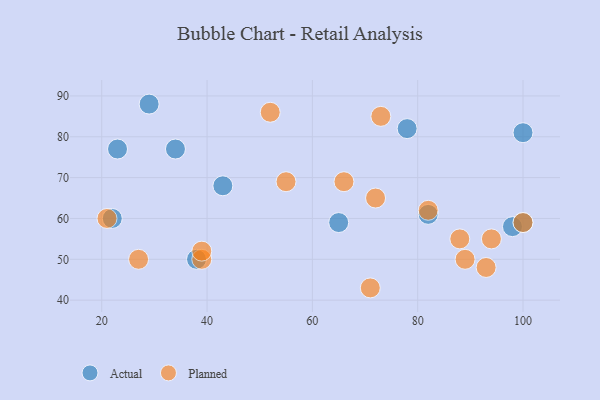
{"axis": {"x": "GDP", "y": "Life Expectancy"}, "legend": ["Actual", "Planned"], "data": [{"x": "98", "y": 58, "type": "Actual"}, {"x": "100", "y": 59, "type": "Actual"}, {"x": "34", "y": 77, "type": "Actual"}, {"x": "78", "y": 82, "type": "Actual"}, {"x": "22", "y": 60, "type": "Actual"}, {"x": "29", "y": 88, "type": "Actual"}, {"x": "100", "y": 81, "type": "Actual"}, {"x": "23", "y": 77, "type": "Actual"}, {"x": "82", "y": 61, "type": "Actual"}, {"x": "43", "y": 68, "type": "Actual"}, {"x": "38", "y": 50, "type": "Actual"}, {"x": "65", "y": 59, "type": "Actual"}, {"x": "27", "y": 50, "type": "Planned"}, {"x": "100", "y": 59, "type": "Planned"}, {"x": "71", "y": 43, "type": "Planned"}, {"x": "88", "y": 55, "type": "Planned"}, {"x": "89", "y": 50, "type": "Planned"}, {"x": "55", "y": 69, "type": "Planned"}, {"x": "73", "y": 85, "type": "Planned"}, {"x": "39", "y": 50, "type": "Planned"}, {"x": "52", "y": 86, "type": "Planned"}, {"x": "66", "y": 69, "type": "Planned"}, {"x": "39", "y": 52, "type": "Planned"}, {"x": "82", "y": 62, "type": "Planned"}, {"x": "93", "y": 48, "type": "Planned"}, {"x": "94", "y": 55, "type": "Planned"}, {"x": "72", "y": 65, "type": "Planned"}, {"x": "21", "y": 60, "type": "Planned"}]}